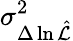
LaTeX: \sigma_{\Delta\ln\hat{\cal L}}^{2}